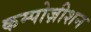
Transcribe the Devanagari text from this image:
कम्पोज़ीशन